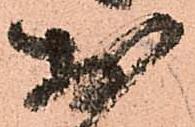
於